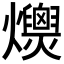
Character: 𤒾